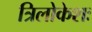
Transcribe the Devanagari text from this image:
त्रिलोकेशः